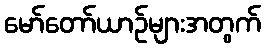
မော်တော်ယာဉ်များအတွက်